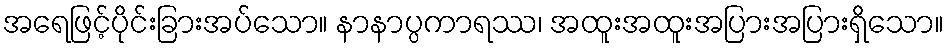
အရေဖြင့်ပိုင်းခြားအပ်သော။ နာနာပ္ပကာရဿ၊ အထူးအထူးအပြားအပြားရှိသော။